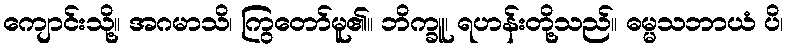
ကျောင်းသို့။ အဂမာသိ၊ ကြွတော်မူ၏။ ဘိက္ခူ၊ ရဟန်းတို့သည်။ ဓမ္မသဘာယံ ပိ၊